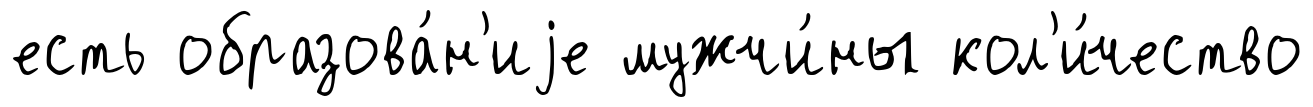
есть образова́н'иjе мужчи́ны кол'и́чество